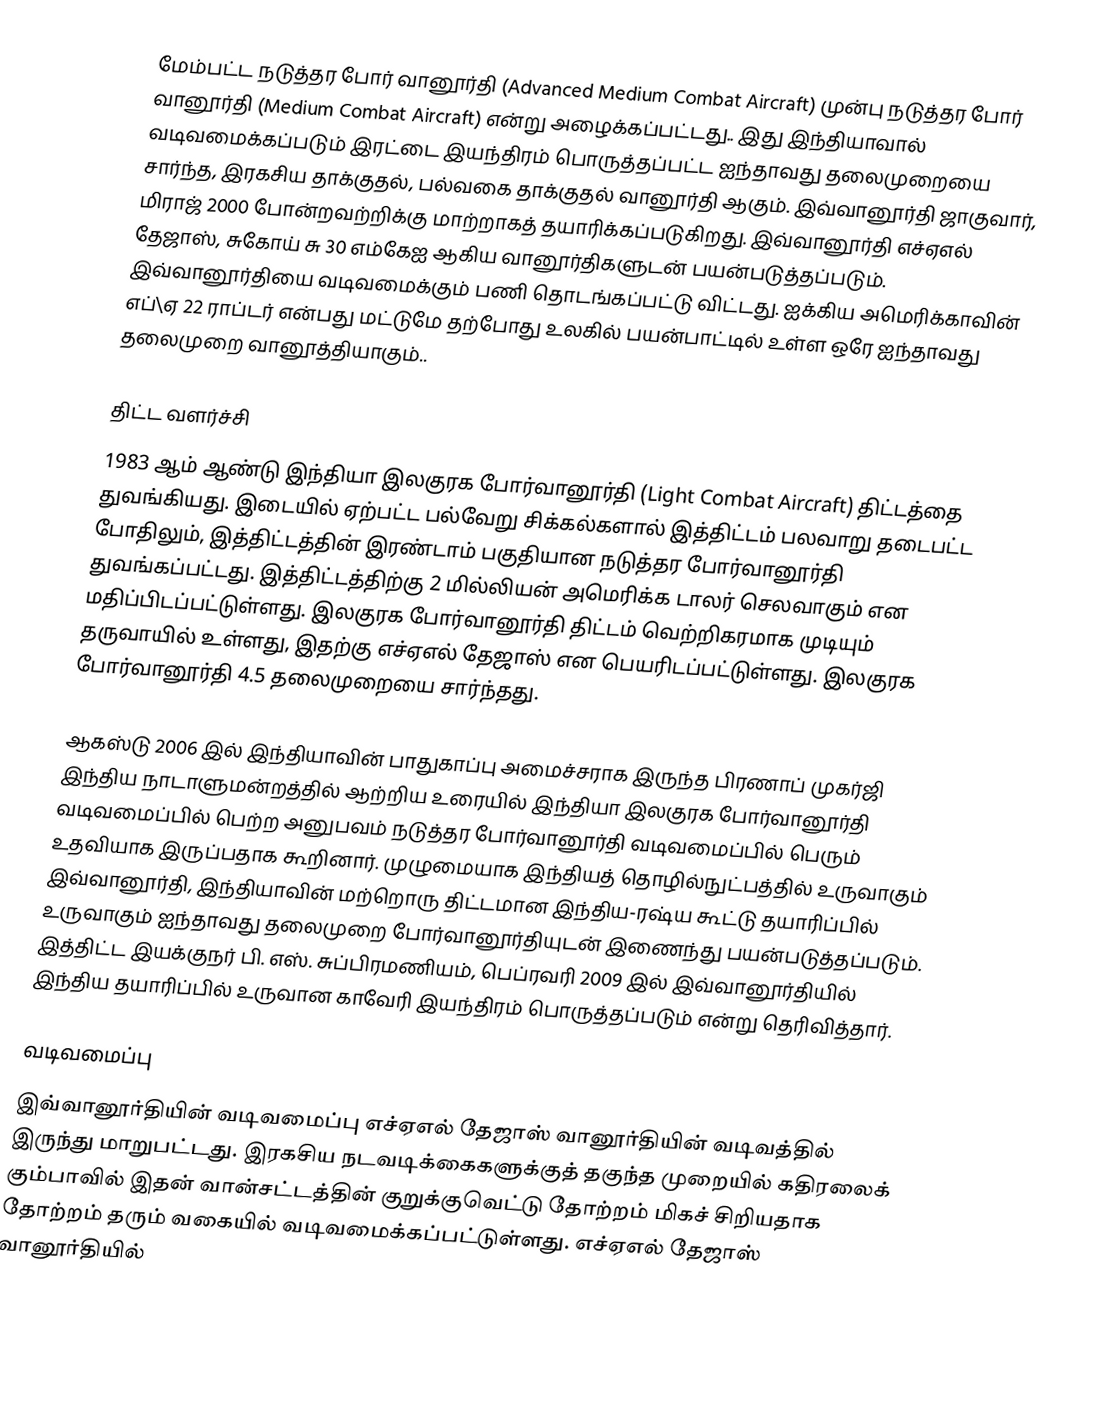
மேம்பட்ட நடுத்தர போர் வானூர்தி (Advanced Medium Combat Aircraft) முன்பு நடுத்தர போர் வானூர்தி (Medium Combat Aircraft) என்று அழைக்கப்பட்டது.. இது இந்தியாவால் வடிவமைக்கப்படும் இரட்டை இயந்திரம் பொருத்தப்பட்ட  ஐந்தாவது தலைமுறையை சார்ந்த, இரகசிய தாக்குதல், பல்வகை தாக்குதல் வானூர்தி ஆகும். இவ்வானூர்தி ஜாகுவார், மிராஜ் 2000 போன்றவற்றிக்கு மாற்றாகத் தயாரிக்கப்படுகிறது. இவ்வானூர்தி எச்ஏஎல் தேஜாஸ்,  சுகோய் சு 30 எம்கேஐ  ஆகிய வானூர்திகளுடன் பயன்படுத்தப்படும். இவ்வானூர்தியை  வடிவமைக்கும் பணி தொடங்கப்பட்டு விட்டது. ஐக்கிய அமெரிக்காவின் எப்\ஏ 22 ராப்டர் என்பது மட்டுமே தற்போது உலகில் பயன்பாட்டில் உள்ள ஒரே ஐந்தாவது தலைமுறை வானூத்தியாகும்..

திட்ட வளர்ச்சி
1983 ஆம் ஆண்டு இந்தியா இலகுரக போர்வானூர்தி (Light Combat Aircraft) திட்டத்தை துவங்கியது. இடையில் ஏற்பட்ட பல்வேறு சிக்கல்களால் இத்திட்டம் பலவாறு தடைபட்ட போதிலும், இத்திட்டத்தின் இரண்டாம் பகுதியான நடுத்தர போர்வானூர்தி துவங்கப்பட்டது. இத்திட்டத்திற்கு 2 மில்லியன் அமெரிக்க டாலர் செலவாகும் என மதிப்பிடப்பட்டுள்ளது. இலகுரக போர்வானூர்தி திட்டம் வெற்றிகரமாக முடியும் தருவாயில் உள்ளது, இதற்கு எச்ஏஎல் தேஜாஸ் என பெயரிடப்பட்டுள்ளது. இலகுரக போர்வானூர்தி 4.5 தலைமுறையை சார்ந்தது.

ஆகஸ்டு 2006 இல் இந்தியாவின் பாதுகாப்பு அமைச்சராக இருந்த பிரணாப் முகர்ஜி இந்திய நாடாளுமன்றத்தில் ஆற்றிய உரையில் இந்தியா இலகுரக போர்வானூர்தி வடிவமைப்பில் பெற்ற அனுபவம் நடுத்தர போர்வானூர்தி வடிவமைப்பில் பெரும் உதவியாக இருப்பதாக கூறினார். முழுமையாக இந்தியத் தொழில்நுட்பத்தில் உருவாகும் இவ்வானூர்தி, இந்தியாவின் மற்றொரு திட்டமான இந்திய-ரஷ்ய கூட்டு தயாரிப்பில் உருவாகும் ஐந்தாவது தலைமுறை போர்வானூர்தியுடன் இணைந்து பயன்படுத்தப்படும். இத்திட்ட இயக்குநர் பி. எஸ். சுப்பிரமணியம், பெப்ரவரி 2009 இல் இவ்வானூர்தியில் இந்திய தயாரிப்பில் உருவான காவேரி இயந்திரம் பொருத்தப்படும் என்று தெரிவித்தார்.

வடிவமைப்பு
இவ்வானூர்தியின்  வடிவமைப்பு எச்ஏஎல் தேஜாஸ் வானூர்தியின் வடிவத்தில் இருந்து மாறுபட்டது. இரகசிய நடவடிக்கைகளுக்குத் தகுந்த முறையில் கதிரலைக் கும்பாவில்  இதன் வான்சட்டத்தின்  குறுக்குவெட்டு தோற்றம் மிகச் சிறியதாக தோற்றம் தரும்  வகையில் வடிவமைக்கப்பட்டுள்ளது. எச்ஏஎல் தேஜாஸ் வானூர்தியில்